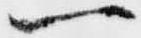
一